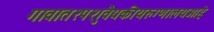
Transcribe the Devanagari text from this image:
गावात१पशुवैद्यकीयरुग्णालयआहे